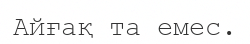
Айғақ та емес.